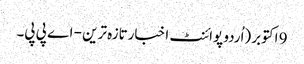
9 اکتوبر (اُردو پوائنٹ اخبارتازہ ترین - اے پی پی۔